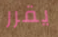
يقرر